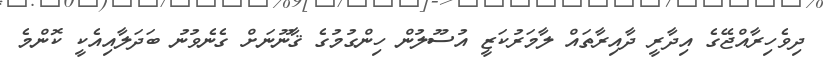
ދިވެހިރާއްޖޭގެ އިދާރީ ދާއިރާތައް ލާމަރުކަޒީ އުސޫލުން ހިންގުމުގެ ޤާނޫނަށް ގެނެވުނު ބަދަލާއިއެކީ ކޮންމެ